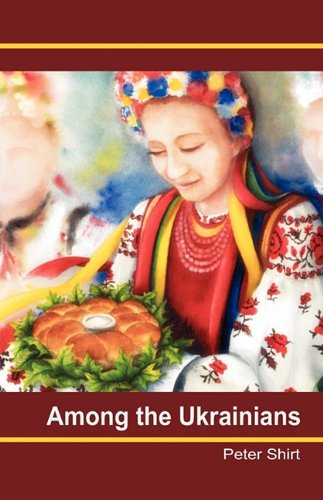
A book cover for Among the Ukrainians; Peter Shirt; Travel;